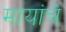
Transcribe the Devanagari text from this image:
मायांचे